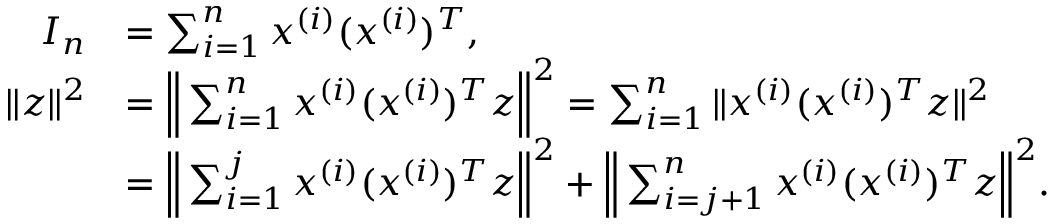
\begin{array} { r l } { I _ { n } } & { = \sum _ { i = 1 } ^ { n } x ^ { ( i ) } ( x ^ { ( i ) } ) ^ { T } , } \\ { \| z \| ^ { 2 } } & { = \Big \| \sum _ { i = 1 } ^ { n } x ^ { ( i ) } ( x ^ { ( i ) } ) ^ { T } z \Big \| ^ { 2 } = \sum _ { i = 1 } ^ { n } \| x ^ { ( i ) } ( x ^ { ( i ) } ) ^ { T } z \| ^ { 2 } } \\ & { = \Big \| \sum _ { i = 1 } ^ { j } x ^ { ( i ) } ( x ^ { ( i ) } ) ^ { T } z \Big \| ^ { 2 } + \Big \| \sum _ { i = j + 1 } ^ { n } x ^ { ( i ) } ( x ^ { ( i ) } ) ^ { T } z \Big \| ^ { 2 } . } \end{array}